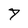
Character: 7